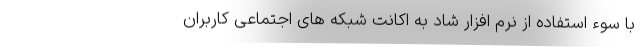
با سوء استفاده از نرم افزار شاد به اکانت شبکه های اجتماعی کاربران